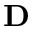
\mathbf { D }